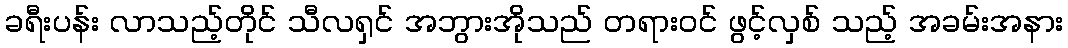
ခရီးပန်း လာသည့်တိုင် သီလရှင် အဘွားအိုသည် တရားဝင် ဖွင့်လှစ် သည့် အခမ်းအနား